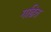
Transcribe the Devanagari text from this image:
गढित